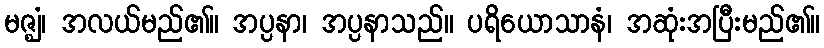
မဇ္ဈံ၊ အလယ်မည်၏။ အပ္ပနာ၊ အပ္ပနာသည်။ ပရိယောသာနံ၊ အဆုံးအပြီးမည်၏။